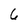
Character: 6